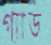
গ্যাড